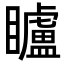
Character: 矑